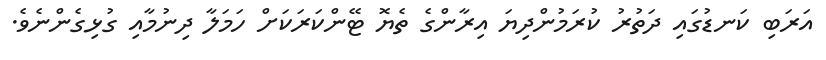
އަރަބި ކަނޑުގައި ދަތުރު ކުރަމުންދިޔަ އިރާންގެ ތެޔޮ ޓޭންކަރަކަށް ހަމަލާ ދިނުމާއި ގުޅިގެންނެވެ.